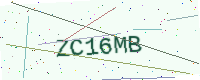
Text: ZC16MB